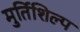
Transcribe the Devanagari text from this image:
मुर्तिशिल्प